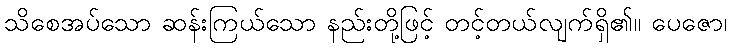
သိစေအပ်သော ဆန်းကြယ်သော နည်းတို့ဖြင့် တင့်တယ်လျက်ရှိ၏။ ပေဇော၊